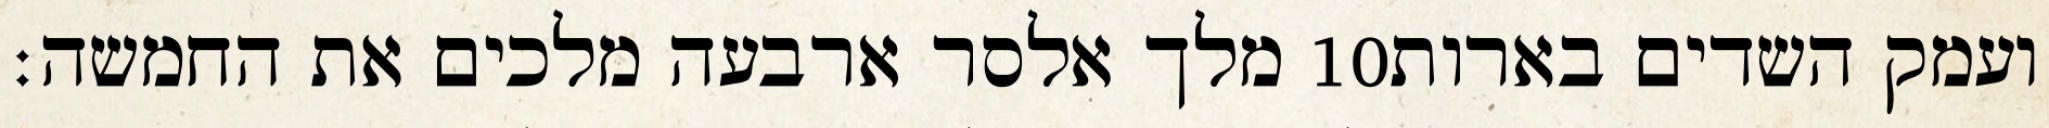
מלך אלסר ארבעה מלכים את החמשה׃ ‎10‏ ועמק השדים בארות